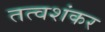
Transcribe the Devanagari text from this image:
तत्वशंकर